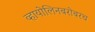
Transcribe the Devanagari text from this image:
व्हायोलिनबरोबरच